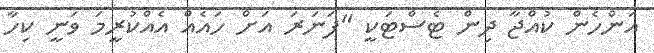
އަންހެން ކުއްޖާ ދިން ޓެސްޓަކީ "ފަނަރަ އަށް ހައެއް އެއްކުރީމަ ވަނީ ކިހާ